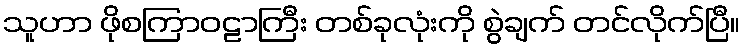
သူဟာ ဖိုစကြာဝဠာကြီး တစ်ခုလုံးကို စွဲချက် တင်လိုက်ပြီ။